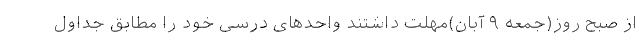
از صبح روز(جمعه ۹ آبان)مهلت داشتند واحدهای درسی خود را مطابق جداول